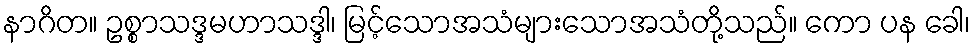
နာဂိတ။ ဥစ္စာသဒ္ဒမဟာသဒ္ဒါ၊ မြင့်သောအသံများသောအသံတို့သည်။ ကော ပန ခေါ၊